Report on lock hospitals in British Burma
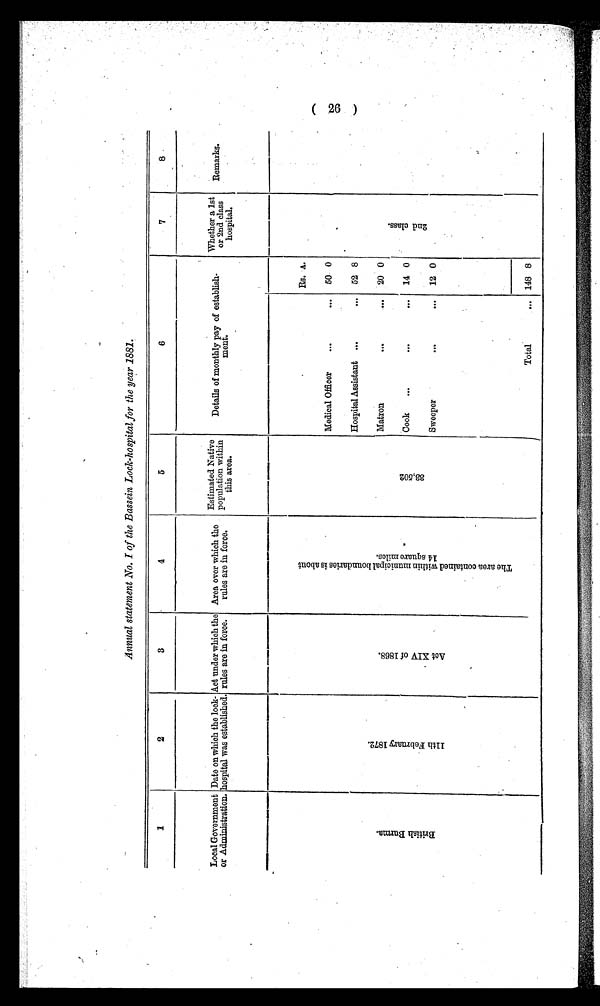
Annual statement No. I of the Bassein Lock-hospital for the year 1881.
1
2
3
4
5
6
7
8
Government
or Administration.
Date on which the lock-
hospital was established.
Act under which the
rules are in force.
Area over which the
rules are in force.
Estimated Native
popul a t i on wi t hi n this area.
Details of monthly pay of establish-
ment.
Whether a 1st
or 2nd class
hospital.
Remarks.
B r i t i s h B u r m a .
1 1 t h F e b r u a r y 1 8 7 2 .
A c t X I V o f 1 8 6 8 .
T h e a r e a c o n t a i n e d w i t h i n m u n i c i p a l b o u n d a r i e s i s a b o u t 1 4 s q u a r e m i l e s .
3 3 , 5 0 2
RS. A .
2 n d c l a s s .
. . .
Medical Officer
...
50 0
Hospital Assistant ...
... 52 8
Matron
...
...
20 0
Cook
...
...
...
14 0
Sweeper
... ...
12 0
Total
... 148 8
26